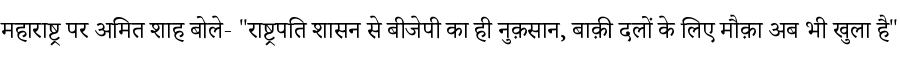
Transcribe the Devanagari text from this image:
महाराष्ट्र पर अमित शाह बोले- "राष्ट्रपति शासन से बीजेपी का ही नुक़सान, बाक़ी दलों के लिए मौक़ा अब भी खुला है"